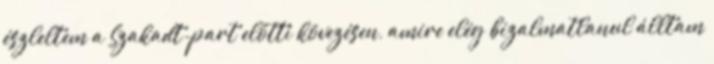
észleltem a Szakadt-part előtti kövezésen, amire elég bizalmatlanul álltam